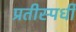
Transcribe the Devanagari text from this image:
प्रतीस्पर्धी